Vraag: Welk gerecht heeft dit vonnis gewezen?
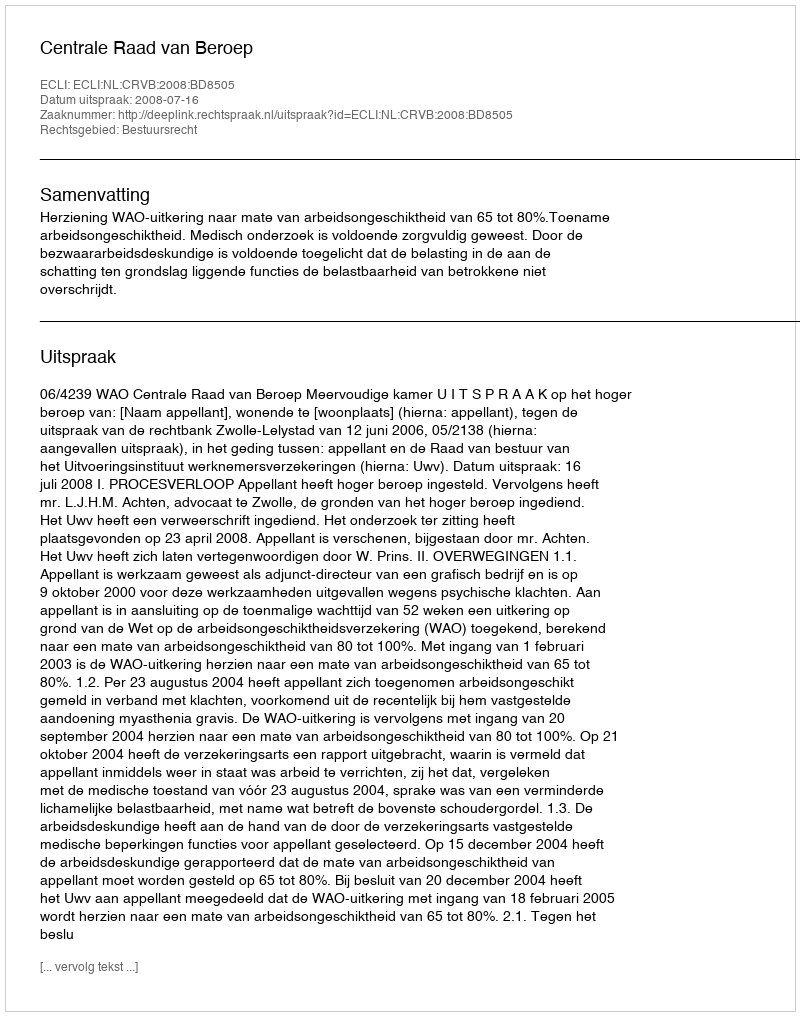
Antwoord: Centrale Raad van Beroep